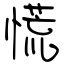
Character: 慌